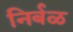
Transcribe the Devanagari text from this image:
निर्बळ